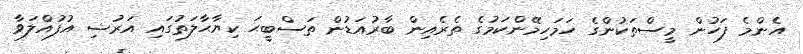
އެންމެ ފަހުން މީސްތަކުންގެ ހަމަހިމޭންކަމުގެ ތެރެއިން ބާރުއަޑުން ތަސްބީޙަ ކިޔާޙާލަތުގައި އަރުޝި އުފުއްލަވާ